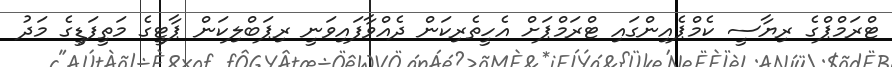
ޓްރަމްޕްގެ ރިޔާސީ ކެމްޕެއިންގައި ޓްރަމްޕަށް އެހީތެރިކަން ދެއްވާފައިވަނީ ރިޕަބްލިކަން ޕާޓީގެ މަތީފަޑީގެ މަދު